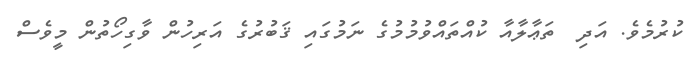
ކުރުމެވެ. އަދި  ތަޢާލާއާ ކުއްތައްވުމުމުގެ ނަމުގައި ޤަބުރުގެ އަރިހުން ވާގިހޯތުން މީވެސް